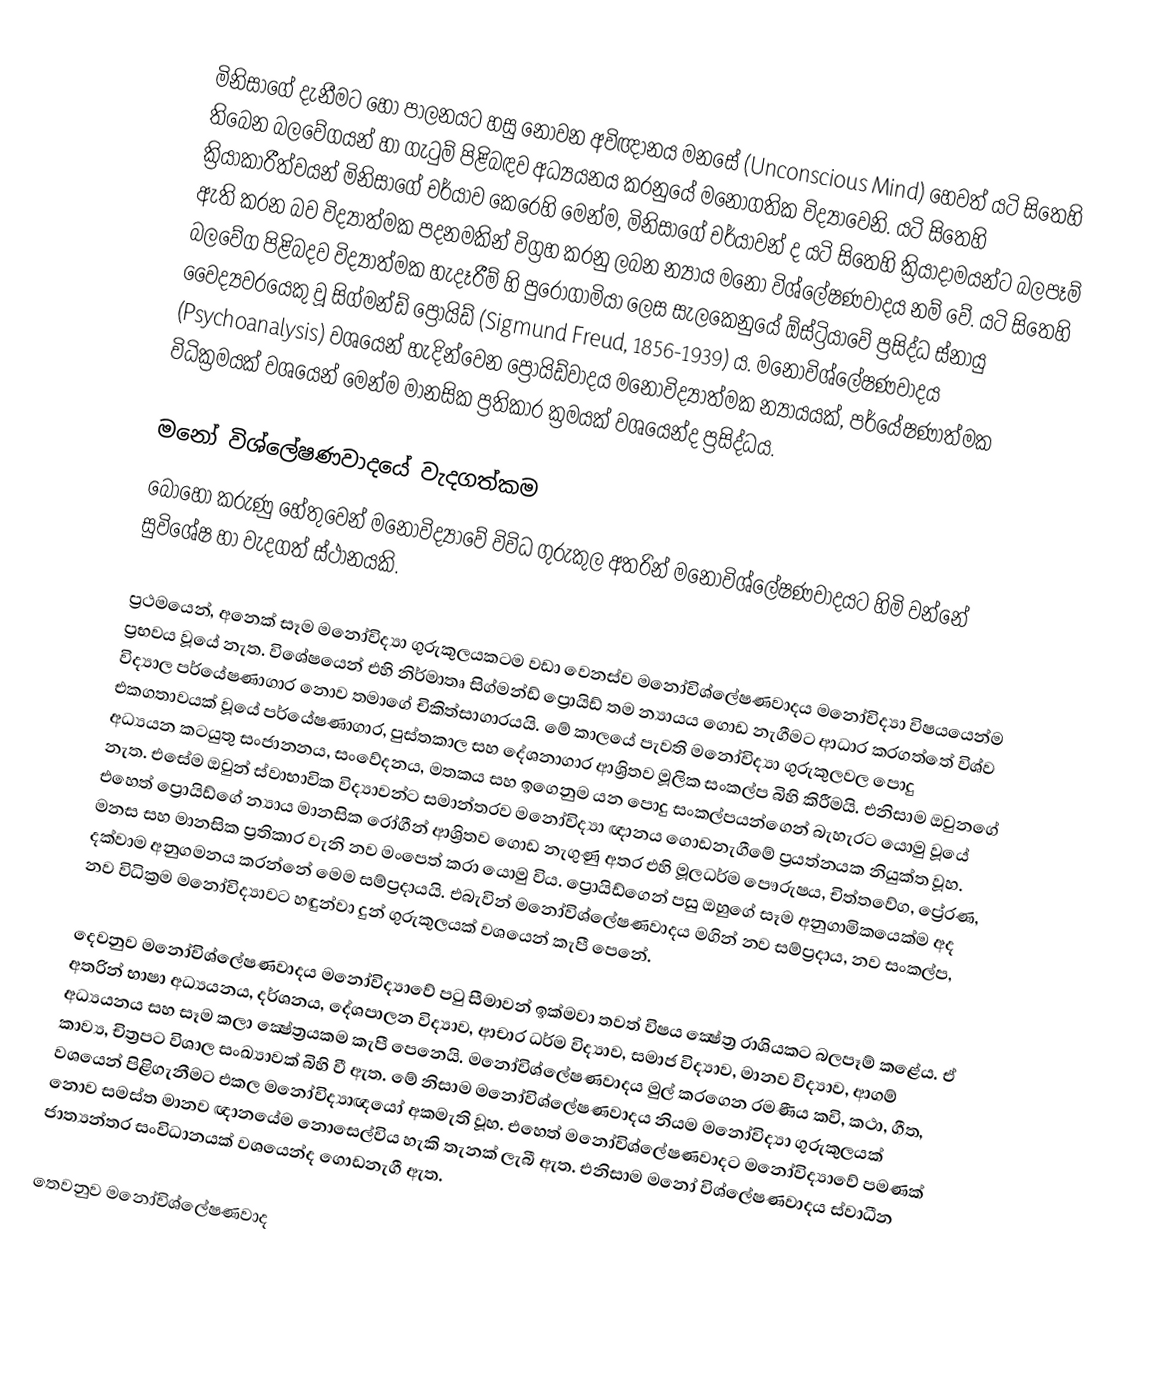
මිනිසාගේ දැනීමට හෝ පාලනයට හසු නොවන අවිඥානය මනසේ (Unconscious Mind) හෙවත් යටි සිතෙහි තිබෙන බලවේගයන් හා ගැටුම් පිළිබඳව අධ්‍යයනය කරනුයේ මනෝගතික විද්‍යාවෙනි. යටි සිතෙහි ක්‍රියාකාරීත්වයන් මිනිසාගේ චර්යාව කෙරෙහි මෙන්ම, මිනිසාගේ චර්යාවන් ද යටි සිතෙහි ක්‍රියාදාමයන්ට බලපෑම් ඇති කරන බව විද්‍යාත්මක පදනමකින් විග්‍රහ කරනු ලබන න්‍යාය මනෝ විශ්ලේෂණවාදය නම් වේ. යටි සිතෙහි බලවේග පිළිබදව විද්‍යාත්මක හැදෑරීම් හි පු‍රෝගාමියා ලෙස සැලකෙනුයේ ඕස්ට්‍රියාවේ ප්‍රසිද්ධ ස්නායු වෛද්‍යවරයෙකු වූ සිග්මන්ඩ් ප්‍රොයිඩ් (Sigmund Freud, 1856-1939) ය. මනෝවිශ්ලේෂණවාදය‍ (Psychoanalysis) වශයෙන් හැදින්වෙන ප්‍රොයිඩ්වාදය මනෝවිද්‍යාත්මක න්‍යායයක්, පර්යේෂණාත්මක විධික්‍රමයක් වශයෙන් මෙන්ම මානසික ප්‍රතිකාර ක්‍රමයක් වශයෙන්ද ප්‍රසිද්ධය.

මනෝ විශ්ලේෂණවාදයේ වැදගත්කම
බොහෝ කරුණු හේතුවෙන් මනෝවිද්‍යාවේ විවිධ ගුරුකුල අතරින් මනෝවිශ්ලේෂණවාදය‍ට හිමි වන්නේ සුවිශේෂ හා වැදගත් ස්ථානයකි.

ප්‍රථමයෙන්, අනෙක් සෑම මනෝවිද්‍යා ගුරුකුලයකටම වඩා වෙනස්ව මනෝවිශ්ලේෂණවාදය‍ මනෝවිද්‍යා විෂයයෙන්ම ප්‍රභවය වූයේ නැත. විශේෂයෙන් එහි නිර්මාතෘ සිග්මන්ඩ් ප්‍රොයිඩ් තම න්‍යායය ගොඩ නැගීමට ආධාර කරගත්තේ විශ්ව විද්‍යාල පර්යේෂණාගාර නොව තමාගේ චිකිත්සාගාරයයි. මේ කාලයේ පැවති මනෝවිද්‍යා ගුරුකුලවල පොදු එකගතාවයක් වූයේ පර්යේෂණාගාර, පුස්තකාල සහ දේශනාගාර ආශ්‍රිතව මූලික සංකල්ප බිහි කිරීමයි. එනිසාම ඔවුනගේ අධ්‍යයන කටයුතු සංජානනය, සංවේදනය, මතකය සහ ඉගෙනුම යන පොදු සංකල්පයන්ගෙන් බැහැරට යොමු වූයේ නැත. එසේම ඔවුන් ස්වාභාවික විද්‍යාවන්ට සමාන්තරව මනෝවිද්‍යා ඥානය ගොඩනැගීමේ ප්‍රයත්නයක නියුක්ත වූහ. එහෙත් ප්‍රොයිඩ්ගේ න්‍යාය මානසික රෝගීන් ආශ්‍රිතව ගොඩ නැගුණු අතර එහි මූලධර්ම පෞරුෂය, චිත්තවේග, ප්‍රේරණ, මනස සහ මානසික ප්‍රතිකාර වැනි නව මංපෙත් කරා යොමු විය. ප්‍රොයිඩ්ගෙන් පසු ඔහුගේ සෑම අනුගාමිකයෙක්ම අද දක්වාම අනුගමනය කරන්නේ මෙම සම්ප්‍රදායයි. එබැවින් මනෝවිශ්ලේෂණවාදය‍ මගින් නව සම්ප්‍රදාය, නව සංකල්ප, නව විධික්‍රම මනෝවිද්‍යාව‍ට හඳුන්වා දුන් ගුරුකුලයක් වශයෙන් කැපී පෙනේ.

දෙවනුව මනෝවිශ්ලේෂණවාදය මනෝවිද්‍යාවේ පටු සීමාවන් ඉක්මවා තවත් විෂය ක්‍ෂේත්‍ර රාශියකට බලපෑම් කළේය. ඒ අතරින් භාෂා අධ්‍යයනය, දර්ශනය, දේශපාලන විද්‍යාව, ආචාර ධර්ම විද්‍යාව, සමාජ විද්‍යාව, මානව විද්‍යාව, ආගම් අධ්‍යයනය සහ සෑම කලා ක්‍ෂේත්‍රයකම කැපී පෙනෙයි. මනෝවිශ්ලේෂණවාදය මුල් කරගෙන රමණීය කවි, කථා, ගීත, කාව්‍ය, චිත්‍රපට විශාල සංඛ්‍යාවක් බිහි වී ඇත. මේ නිසාම මනෝවිශ්ලේෂණවාදය නියම මනෝවිද්‍යා ගුරුකුලයක් වශයෙන් පිළිගැනීමට එකල මනෝවිද්‍යාඥයෝ අකමැති වූහ. එහෙත් මනෝවිශ්ලේෂණවාදට මනෝවිද්‍යාවේ පමණක් නොව සමස්ත මානව ඥානයේම නොසෙල්විය හැකි තැනක් ලැබී ඇත. එනිසාම මනෝ විශ්ලේෂණවාදය ස්වාධීන ජාත්‍යන්තර සංවිධානයක් වශයෙන්ද ගොඩනැගී ඇත.

තෙවනුව මනෝවිශ්ලේෂණවාද